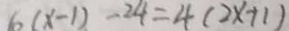
6 ( x - 1 ) - 2 4 = 4 ( 2 x + 1 )